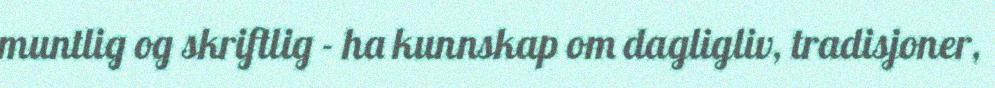
muntlig og skriftlig - ha kunnskap om dagligliv, tradisjoner,